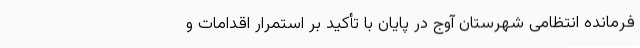
فرمانده انتظامی شهرستان آوج در پایان با تأکید بر استمرار اقدامات و